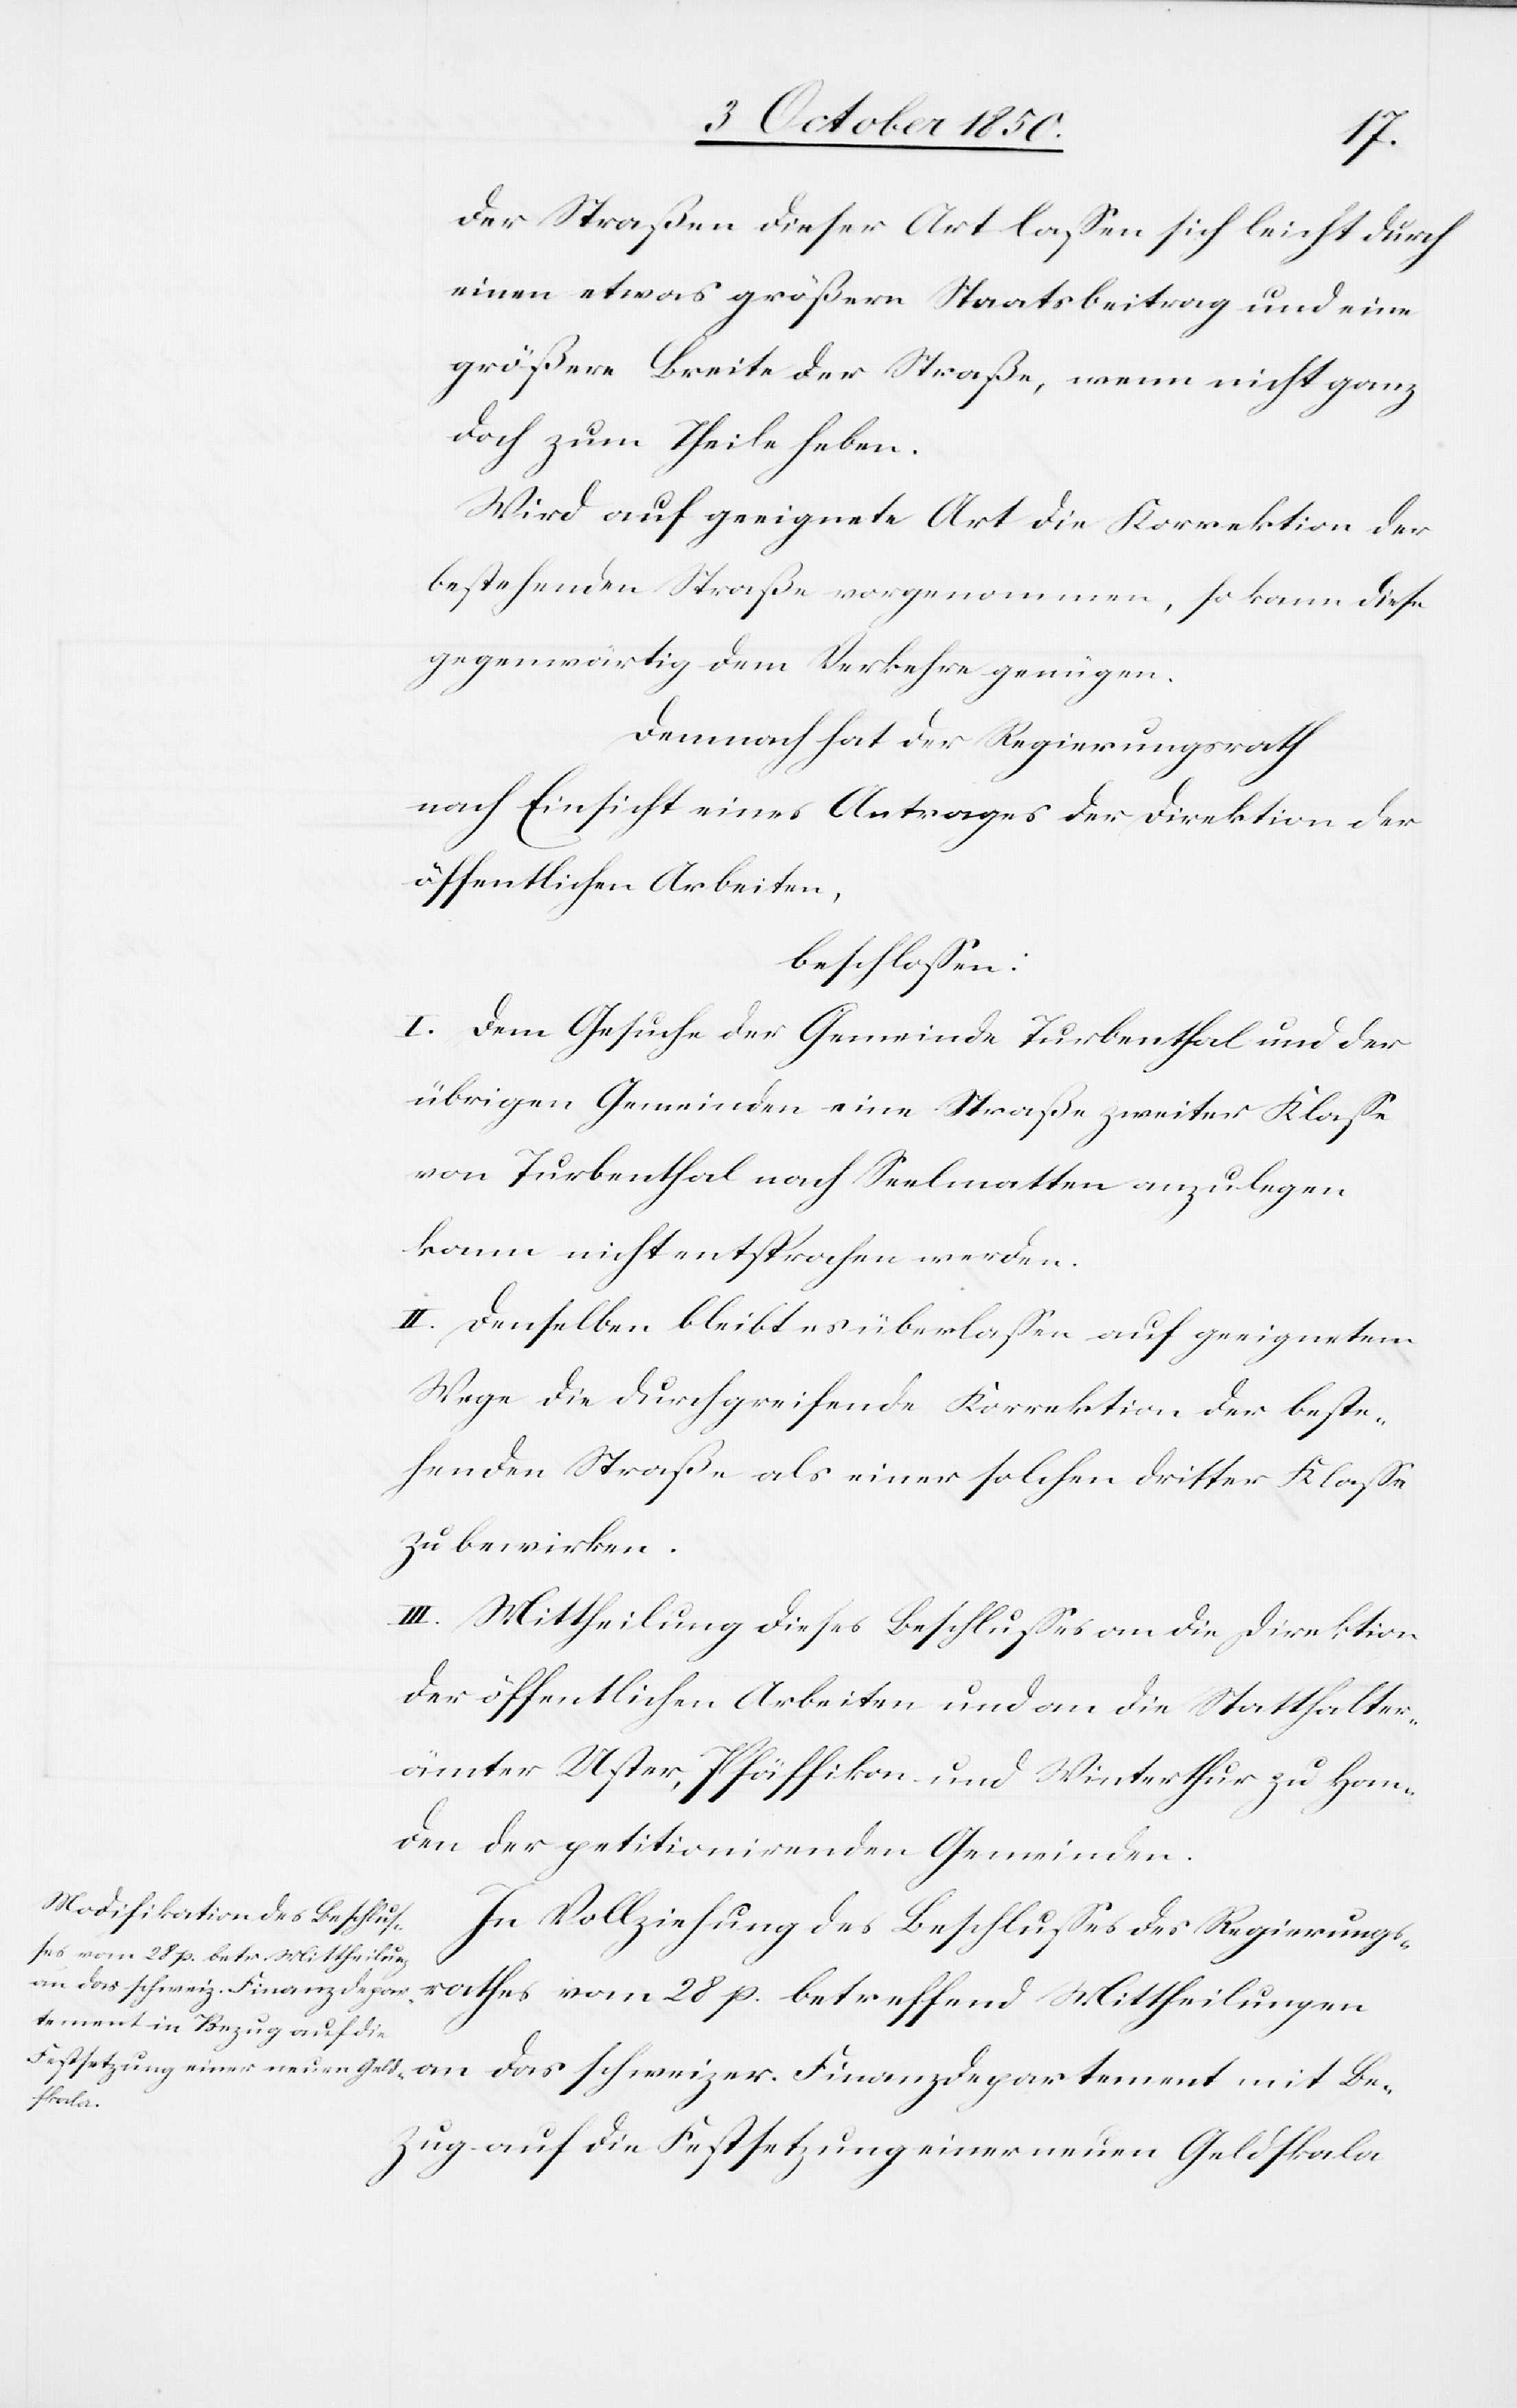
der Straßen dieser Art lassen sich leicht durch
einen etwas größern Staatsbeitrag und eine
größere Breite der Straße, wenn nicht ganz
doch zum Theile heben.
Wird auf geeignete Art die Korrektion der
bestehenden Straße vorgenommen, so kann diese
gegenwärtig dem Verkehre genügen.
Demnach hat der Regierungsrath
nach Einsicht eines Antrages der Direktion der
öffentlichen Arbeiten,
beschlossen:
I. Dem Gesuche der Gemeinde Turbenthal und der
übrigen Gemeinden eine Straße zweiter Klasse
von Turbenthal nach Seelmatten anzulegen
kann nicht entsprochen werden.
II. Denselben bleibt es überlassen auf geeignetem
Wege die durchgreifende Korrektion der beste¬
henden Straße als einer solchen dritter Klasse
zu bewirken.
III. Mittheilung dieses Beschlusses an die Direktion
der öffentlichen Arbeiten und an die Statthalter¬
ämter Uster,
Pfäffikon und Winterthur zu Han¬
den der petitionirenden Gemeinden.
In Vollziehung des Beschlusses des Regierungs¬
hes vom 28 p. betreffend Mittheilungen
mit Be¬
zug auf die Festsetzung einer neuen Geldskala